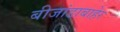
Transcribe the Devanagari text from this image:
बीजांडाबाहेर